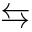
\leftrightarrows